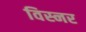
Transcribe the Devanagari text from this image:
विस्नर